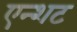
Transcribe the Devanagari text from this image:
एन्शट